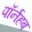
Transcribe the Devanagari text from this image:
पॉर्नहब